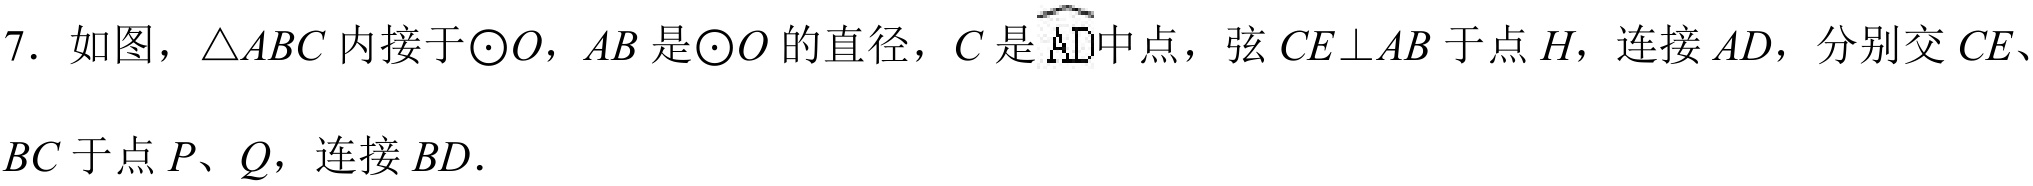
7. 如图，\(\triangle ABC\)内接于\(\odot O\)，\(AB\)是\(\odot O\)的直径，\(C\)是\(\overset{\frown}{AD}\)中点，弦\(CE\perp AB\)于点\(H\)，连接\(AD\)，分别交\(CE\)、\(BC\)于点\(P\)、\(Q\)，连接\(BD\).